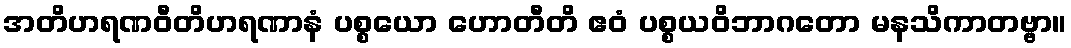
အတိဟရဏဝီတိဟရဏာနံ ပစ္စယော ဟောတီတိ ဧဝံ ပစ္စယဝိဘာဂတော မနသိကာတဗ္ဗာ။